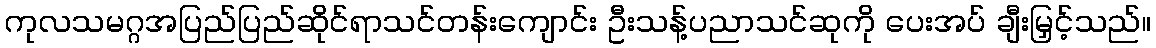
ကုလသမဂ္ဂအပြည်ပြည်ဆိုင်ရာသင်တန်းကျောင်း ဦးသန့်ပညာသင်ဆုကို ပေးအပ် ချီးမြှင့်သည်။